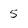
Character: 5